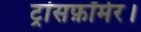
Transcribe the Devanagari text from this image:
ट्रांसफ़ॉर्मर।